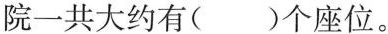
院一共大约有( )个座位。